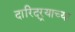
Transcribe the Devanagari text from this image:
दारिद्‌र्‍याच्या